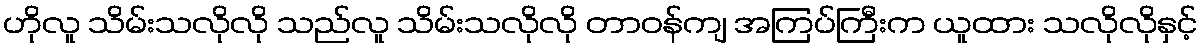
ဟိုလူ သိမ်းသလိုလို သည်လူ သိမ်းသလိုလို တာဝန်ကျ အကြပ်ကြီးက ယူထား သလိုလိုနှင့်